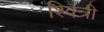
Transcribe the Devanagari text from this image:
श्वित्री